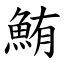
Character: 鮪